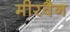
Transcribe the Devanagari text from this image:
मीरवैन